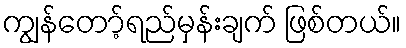
ကျွန်တော့်ရည်မှန်းချက် ဖြစ်တယ်။